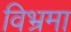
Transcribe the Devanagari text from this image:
विभ्रमा